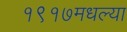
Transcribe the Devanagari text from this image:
१९१७मधल्या